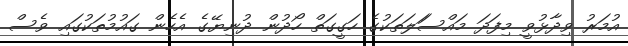
އުމަރު ވިދާޅުވީ މިފަދަ މައްސަަލަތަކުގެ ހަގީގަތް ހޯދުން ދުނިޔޭގެ އެހެން ގައުމުތަކުގައި ވެސް